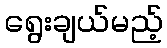
ရွေးချယ်မည့်